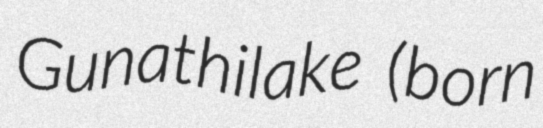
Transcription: Gunathilake (born